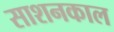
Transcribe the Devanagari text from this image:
साशनकाल